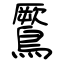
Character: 鷢